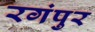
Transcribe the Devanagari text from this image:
रगंपुर